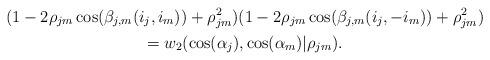
LaTeX: \begin{gather*}(1-2\rho_{jm}\cos(\beta_{j,m}(i_{j},i_{m}))+\rho_{jm}^{2})(1-2\rho_{jm}\cos(\beta_{j,m}(i_{j},-i_{m}))+\rho_{jm}^{2})\\=w_{2}(\cos(\alpha_{j}),\cos(\alpha_{m})|\rho_{jm}).\end{gather*}